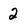
Character: 2